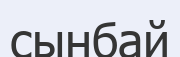
сынбай